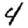
Digit: 4